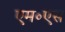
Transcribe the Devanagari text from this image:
एम॰एस